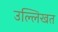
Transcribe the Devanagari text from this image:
उल्लिखत